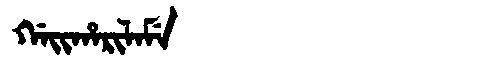
Manchu: ᡤᠠᡳᡥᠠᡵᡳᠯᠠᠮᡝ
Romanization: GAIHARILAME